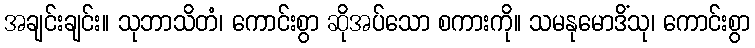
အချင်းချင်း။ သုဘာသိတံ၊ ကောင်းစွာ ဆိုအပ်သော စကားကို။ သမနုမောဒိံသု၊ ကောင်းစွာ